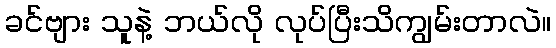
ခင်ဗျား သူနဲ့ ဘယ်လို လုပ်ပြီးသိကျွမ်းတာလဲ။